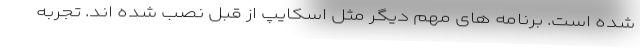
شده است. برنامه های مهم دیگر مثل اسکایپ از قبل نصب شده اند. تجربه